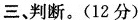
三、判断。(12分)